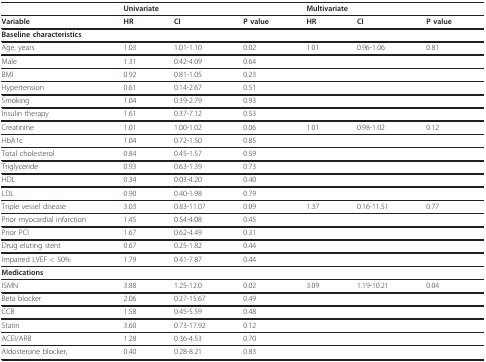
<table><thead><tr><td></td><td colspan="2"><b>Univariate</b></td><td></td><td colspan="2"><b>Multivariate</b></td><td></td></tr></thead><tbody><tr><td><b>Variable</b></td><td><b>HR</b></td><td><b>CI</b></td><td><b>P value</b></td><td><b>HR</b></td><td><b>CI</b></td><td><b>P value</b></td></tr><tr><td colspan="7"><b>Baseline characteristics</b></td></tr><tr><td>Age, years</td><td>1.03</td><td>1.01-1.10</td><td>0.02</td><td>1.01</td><td>0.96-1.06</td><td>0.81</td></tr><tr><td>Male</td><td>1.31</td><td>0.42-4.09</td><td>0.64</td><td></td><td></td><td></td></tr><tr><td>BMI</td><td>0.92</td><td>0.81-1.05</td><td>0.23</td><td></td><td></td><td></td></tr><tr><td>Hypertension</td><td>0.61</td><td>0.14-2.67</td><td>0.51</td><td></td><td></td><td></td></tr><tr><td>Smoking</td><td>1.04</td><td>0.39-2.79</td><td>0.93</td><td></td><td></td><td></td></tr><tr><td>Insulin therapy</td><td>1.61</td><td>0.37-7.12</td><td>0.53</td><td></td><td></td><td></td></tr><tr><td>Creatinine</td><td>1.01</td><td>1.00-1.02</td><td>0.06</td><td>1.01</td><td>0.98-1.02</td><td>0.12</td></tr><tr><td>HbA1c</td><td>1.04</td><td>0.72-1.50</td><td>0.85</td><td></td><td></td><td></td></tr><tr><td>Total cholesterol</td><td>0.84</td><td>0.45-1.57</td><td>0.59</td><td></td><td></td><td></td></tr><tr><td>Triglyceride</td><td>0.93</td><td>0.63-1.39</td><td>0.73</td><td></td><td></td><td></td></tr><tr><td>HDL</td><td>0.34</td><td>0.03-4.20</td><td>0.40</td><td></td><td></td><td></td></tr><tr><td>LDL</td><td>0.90</td><td>0.40-1.98</td><td>0.79</td><td></td><td></td><td></td></tr><tr><td>Triple vessel disease</td><td>3.03</td><td>0.83-11.07</td><td>0.09</td><td>1.37</td><td>0.16-11.51</td><td>0.77</td></tr><tr><td>Prior myocardial infarction</td><td>1.45</td><td>0.54-4.08</td><td>0.45</td><td></td><td></td><td></td></tr><tr><td>Prior PCI</td><td>1.67</td><td>0.62-4.49</td><td>0.31</td><td></td><td></td><td></td></tr><tr><td>Drug eluting stent</td><td>0.67</td><td>0.25-1.82</td><td>0.44</td><td></td><td></td><td></td></tr><tr><td>Impaired LVEF &lt; 50%</td><td>1.79</td><td>0.41-7.87</td><td>0.44</td><td></td><td></td><td></td></tr><tr><td colspan="7"><b>Medications</b></td></tr><tr><td>ISMN</td><td>3.88</td><td>1.25-12.0</td><td>0.02</td><td>3.09</td><td>1.19-10.21</td><td>0.04</td></tr><tr><td>Beta blocker</td><td>2.06</td><td>0.27-15.67</td><td>0.49</td><td></td><td></td><td></td></tr><tr><td>CCB</td><td>1.58</td><td>0.45-5.59</td><td>0.48</td><td></td><td></td><td></td></tr><tr><td>Statin</td><td>3.60</td><td>0.73-17.92</td><td>0.12</td><td></td><td></td><td></td></tr><tr><td>ACEI/ARB</td><td>1.28</td><td>0.36-4.53</td><td>0.70</td><td></td><td></td><td></td></tr><tr><td>Aldosterone blocker,</td><td>0.40</td><td>0.28-8.21</td><td>0.83</td><td></td><td></td><td></td></tr></tbody></table>